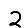
Digit: 2